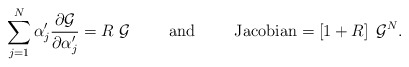
\begin{align*}\sum\limits_{j=1}^N \alpha'_j \frac{\partial{\cal{G}}}{\partial\alpha'_j}= R \; {\cal{G}}\hspace{10mm} \mbox{and} \hspace{10mm}\mbox{Jacobian}= \left[ 1+R \right] \; {\cal{G}}^N .\end{align*}